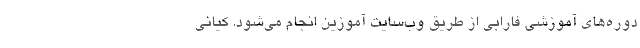
دوره‌های آموزشی فارابی از طریق وب‌سایت آموزین انجام می‌شود. کیانی